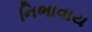
નિભાવાય